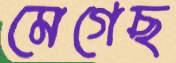
মেগেছ